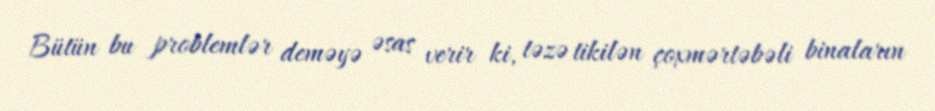
Bütün bu problemlər deməyə əsas verir ki, təzə tikilən çoxmərtəbəli binaların